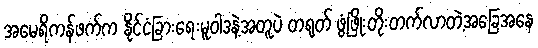
အမေရိကန်ဖက်က နိုင်ငံခြားရေးမူဝါဒနဲ့အတူပဲ တရုတ် ဖွံ့ဖြိုးတိုးတက်လာတဲ့အခြေအနေ